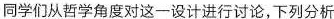
同学们从哲学角度对这一设计进行讨论，下列分析